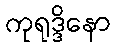
ကုရုဒ္ဒိနော